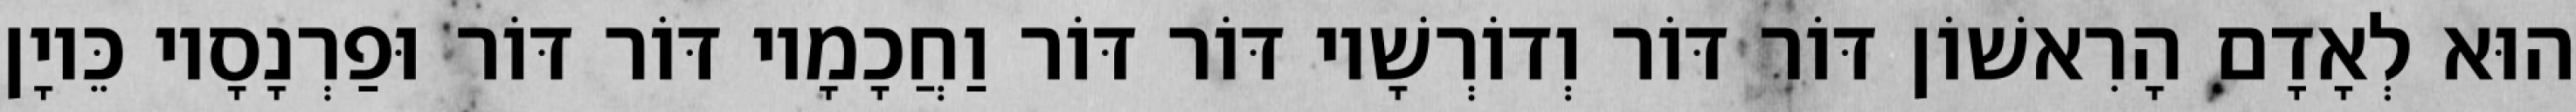
הוּא לְאָדָם הָרִאשׁוֹן דּוֹר דּוֹר וְדוֹרְשָׁיו דּוֹר דּוֹר וַחֲכָמָיו דּוֹר דּוֹר וּפַרְנָסָיו כֵּיוָן